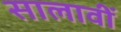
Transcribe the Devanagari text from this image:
सालावीं